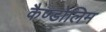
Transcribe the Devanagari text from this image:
कैण्डोलिम